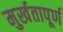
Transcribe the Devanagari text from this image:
मुर्खतापूर्ण